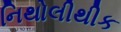
નિથોલીથીક